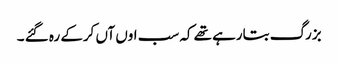
بزرگ بتارہے تھے کہ سب اوں آں کرکے رہ گئے ۔